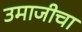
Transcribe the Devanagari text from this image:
उमाजीचा